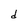
Character: d